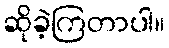
ဆိုခဲ့ကြတာပါ။